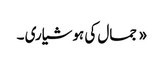
« جمال کی ہوشیاری ۔